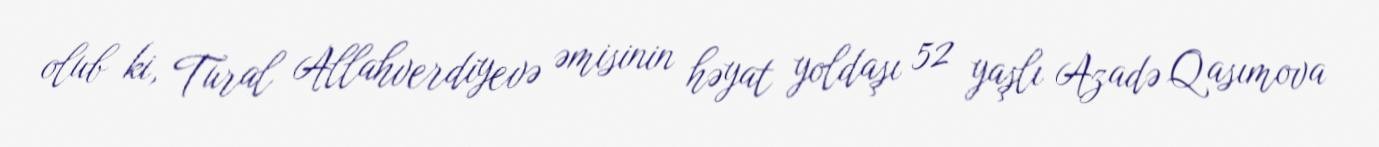
olub ki, Tural Allahverdiyevə əmisinin həyat yoldaşı 52 yaşlı Azadə Qasımova